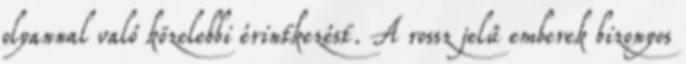
olyannal való közelebbi érintkezést. A rossz jelű emberek bizonyos